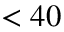
< 4 0